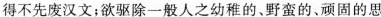
得不先废汉文；欲驱除一般人之幼稚的、野蛮的、顽固的思